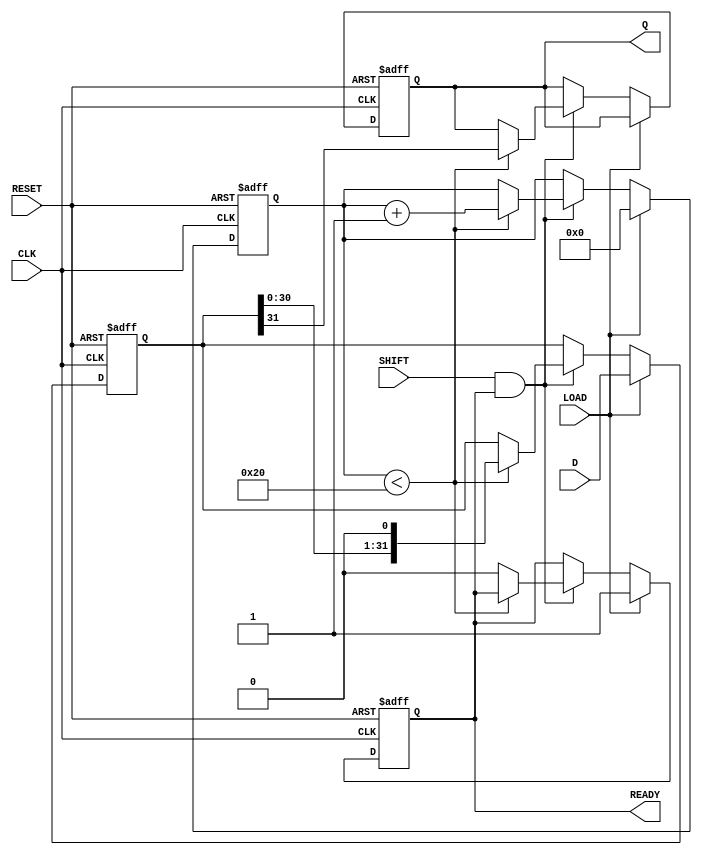
module PISO_Register (
    input wire [31:0] D,      // 32-bit data input
    input wire LOAD,          // Load control signal
    input wire SHIFT,         // Shift control signal
    input wire CLK,           // Clock signal
    input wire RESET,         // Asynchronous reset signal
    output reg Q,             // Serial output
    output reg READY          // Data ready signal
);

    reg [31:0] storage;       // Storage register for parallel data
    reg [5:0] bit_count;      // Counter for the number of bits shifted out

    // Asynchronous reset
    always @(posedge CLK or posedge RESET) begin
        if (RESET) begin
            storage <= 32'b0;  // Clear storage register
            Q <= 1'b0;         // Clear serial output
            bit_count <= 6'b0; // Reset bit counter
            READY <= 1'b0;     // Clear ready signal
        end else begin
            if (LOAD) begin
                storage <= D;   // Load data into storage register
                bit_count <= 6'b0; // Reset bit counter
                READY <= 1'b1;  // Indicate data is ready to be shifted
            end else if (SHIFT && READY) begin
                if (bit_count < 32) begin
                    Q <= storage[31]; // Output MSB
                    storage <= {storage[30:0], 1'b0}; // Shift left
                    bit_count <= bit_count + 1; // Increment bit counter
                end else begin
                    READY <= 1'b0; // No more bits to shift, clear ready signal
                end
            end
        end
    end

endmodule